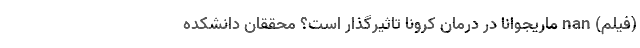
(فیلم) nan ماریجوانا در درمان کرونا تاثیرگذار است؟ محققان دانشکده